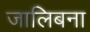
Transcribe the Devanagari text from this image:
जालिबना